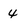
Character: 4